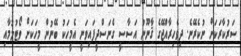
ސަރުކާރަކަށް ނުކެރޭނެ. ދިވެހިރާއްޖޭގެ ޤާނޫނު އަސާސީ ގެނަސްދީފައިވަނީ އެމީހަކު ބޭނުން މީހަކަށް ވޯޓުލުމާއި